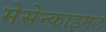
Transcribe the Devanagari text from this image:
मेसेन्काइमल